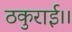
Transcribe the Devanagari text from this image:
ठकुराई।।